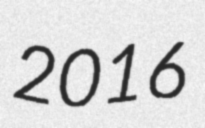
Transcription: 2016